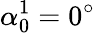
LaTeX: \alpha_{0}^{1}=0^{\circ}